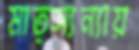
মাত্স্যন্যায়